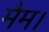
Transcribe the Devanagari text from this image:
मैम।